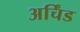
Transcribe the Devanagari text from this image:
अर्चिंड